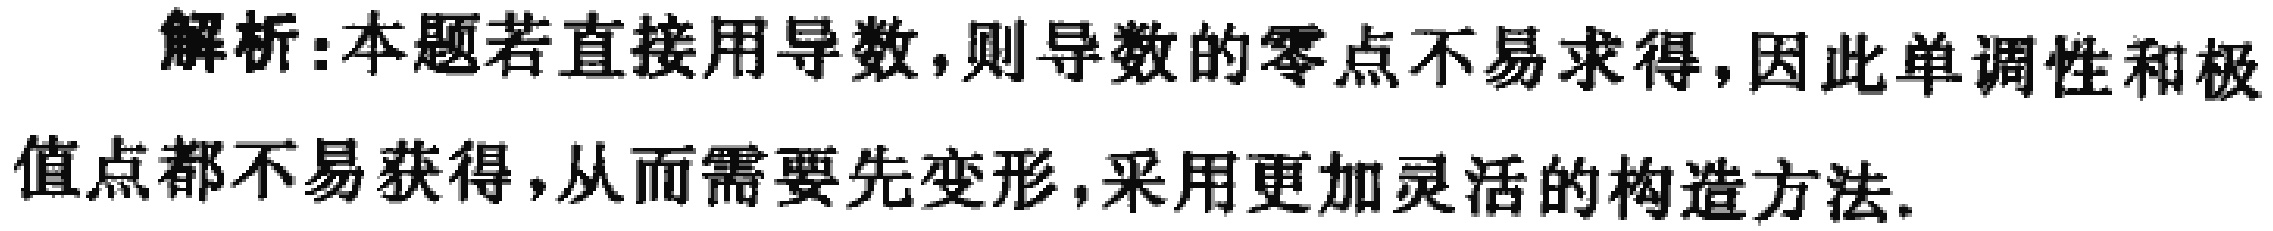
解析:本题若直接用导数,则导数的零点不易求得,因此单调性和极值点都不易获得,从而需要先变形,采用更加灵活的构造方法.